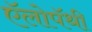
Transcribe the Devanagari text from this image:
ऍलोपॅथी